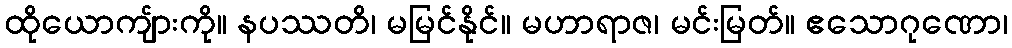
ထိုယောကျ်ားကို။ နပဿတိ၊ မမြင်နိုင်။ မဟာရာဇ၊ မင်းမြတ်။ ဧသောဂုဏော၊